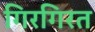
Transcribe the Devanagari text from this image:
गिरगिरत